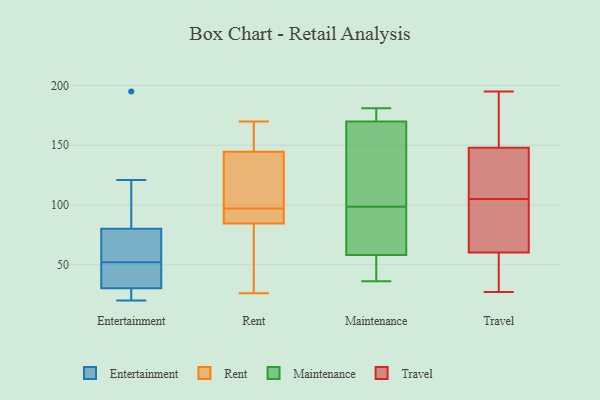
{"axis": {"x": "Churn Rate (%)", "y": "Value"}, "legend": ["Entertainment", "Maintenance", "Rent", "Travel"], "data": [{"x": "", "y": 46, "type": "Entertainment"}, {"x": "", "y": 31, "type": "Entertainment"}, {"x": "", "y": 20, "type": "Entertainment"}, {"x": "", "y": 56, "type": "Entertainment"}, {"x": "", "y": 50, "type": "Entertainment"}, {"x": "", "y": 20, "type": "Entertainment"}, {"x": "", "y": 40, "type": "Entertainment"}, {"x": "", "y": 52, "type": "Entertainment"}, {"x": "", "y": 121, "type": "Entertainment"}, {"x": "", "y": 113, "type": "Entertainment"}, {"x": "", "y": 28, "type": "Entertainment"}, {"x": "", "y": 61, "type": "Entertainment"}, {"x": "", "y": 77, "type": "Entertainment"}, {"x": "", "y": 27, "type": "Entertainment"}, {"x": "", "y": 89, "type": "Entertainment"}, {"x": "", "y": 195, "type": "Entertainment"}, {"x": "", "y": 61, "type": "Entertainment"}, {"x": "", "y": 50, "type": "Rent"}, {"x": "", "y": 149, "type": "Rent"}, {"x": "", "y": 155, "type": "Rent"}, {"x": "", "y": 84, "type": "Rent"}, {"x": "", "y": 135, "type": "Rent"}, {"x": "", "y": 142, "type": "Rent"}, {"x": "", "y": 45, "type": "Rent"}, {"x": "", "y": 147, "type": "Rent"}, {"x": "", "y": 85, "type": "Rent"}, {"x": "", "y": 135, "type": "Rent"}, {"x": "", "y": 98, "type": "Rent"}, {"x": "", "y": 96, "type": "Rent"}, {"x": "", "y": 90, "type": "Rent"}, {"x": "", "y": 26, "type": "Rent"}, {"x": "", "y": 93, "type": "Rent"}, {"x": "", "y": 170, "type": "Rent"}, {"x": "", "y": 84, "type": "Maintenance"}, {"x": "", "y": 180, "type": "Maintenance"}, {"x": "", "y": 172, "type": "Maintenance"}, {"x": "", "y": 36, "type": "Maintenance"}, {"x": "", "y": 181, "type": "Maintenance"}, {"x": "", "y": 54, "type": "Maintenance"}, {"x": "", "y": 69, "type": "Maintenance"}, {"x": "", "y": 58, "type": "Maintenance"}, {"x": "", "y": 58, "type": "Maintenance"}, {"x": "", "y": 83, "type": "Maintenance"}, {"x": "", "y": 139, "type": "Maintenance"}, {"x": "", "y": 40, "type": "Maintenance"}, {"x": "", "y": 135, "type": "Maintenance"}, {"x": "", "y": 103, "type": "Maintenance"}, {"x": "", "y": 143, "type": "Maintenance"}, {"x": "", "y": 172, "type": "Maintenance"}, {"x": "", "y": 170, "type": "Maintenance"}, {"x": "", "y": 94, "type": "Maintenance"}, {"x": "", "y": 105, "type": "Travel"}, {"x": "", "y": 164, "type": "Travel"}, {"x": "", "y": 58, "type": "Travel"}, {"x": "", "y": 70, "type": "Travel"}, {"x": "", "y": 57, "type": "Travel"}, {"x": "", "y": 112, "type": "Travel"}, {"x": "", "y": 195, "type": "Travel"}, {"x": "", "y": 67, "type": "Travel"}, {"x": "", "y": 149, "type": "Travel"}, {"x": "", "y": 145, "type": "Travel"}, {"x": "", "y": 27, "type": "Travel"}]}